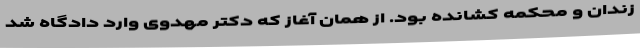
زندان و محکمه کشانده بود. از همان آغاز که دکتر مهدوی وارد دادگاه شد